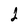
Character: 2